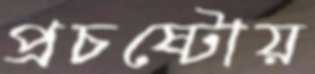
প্রচষ্টোয়